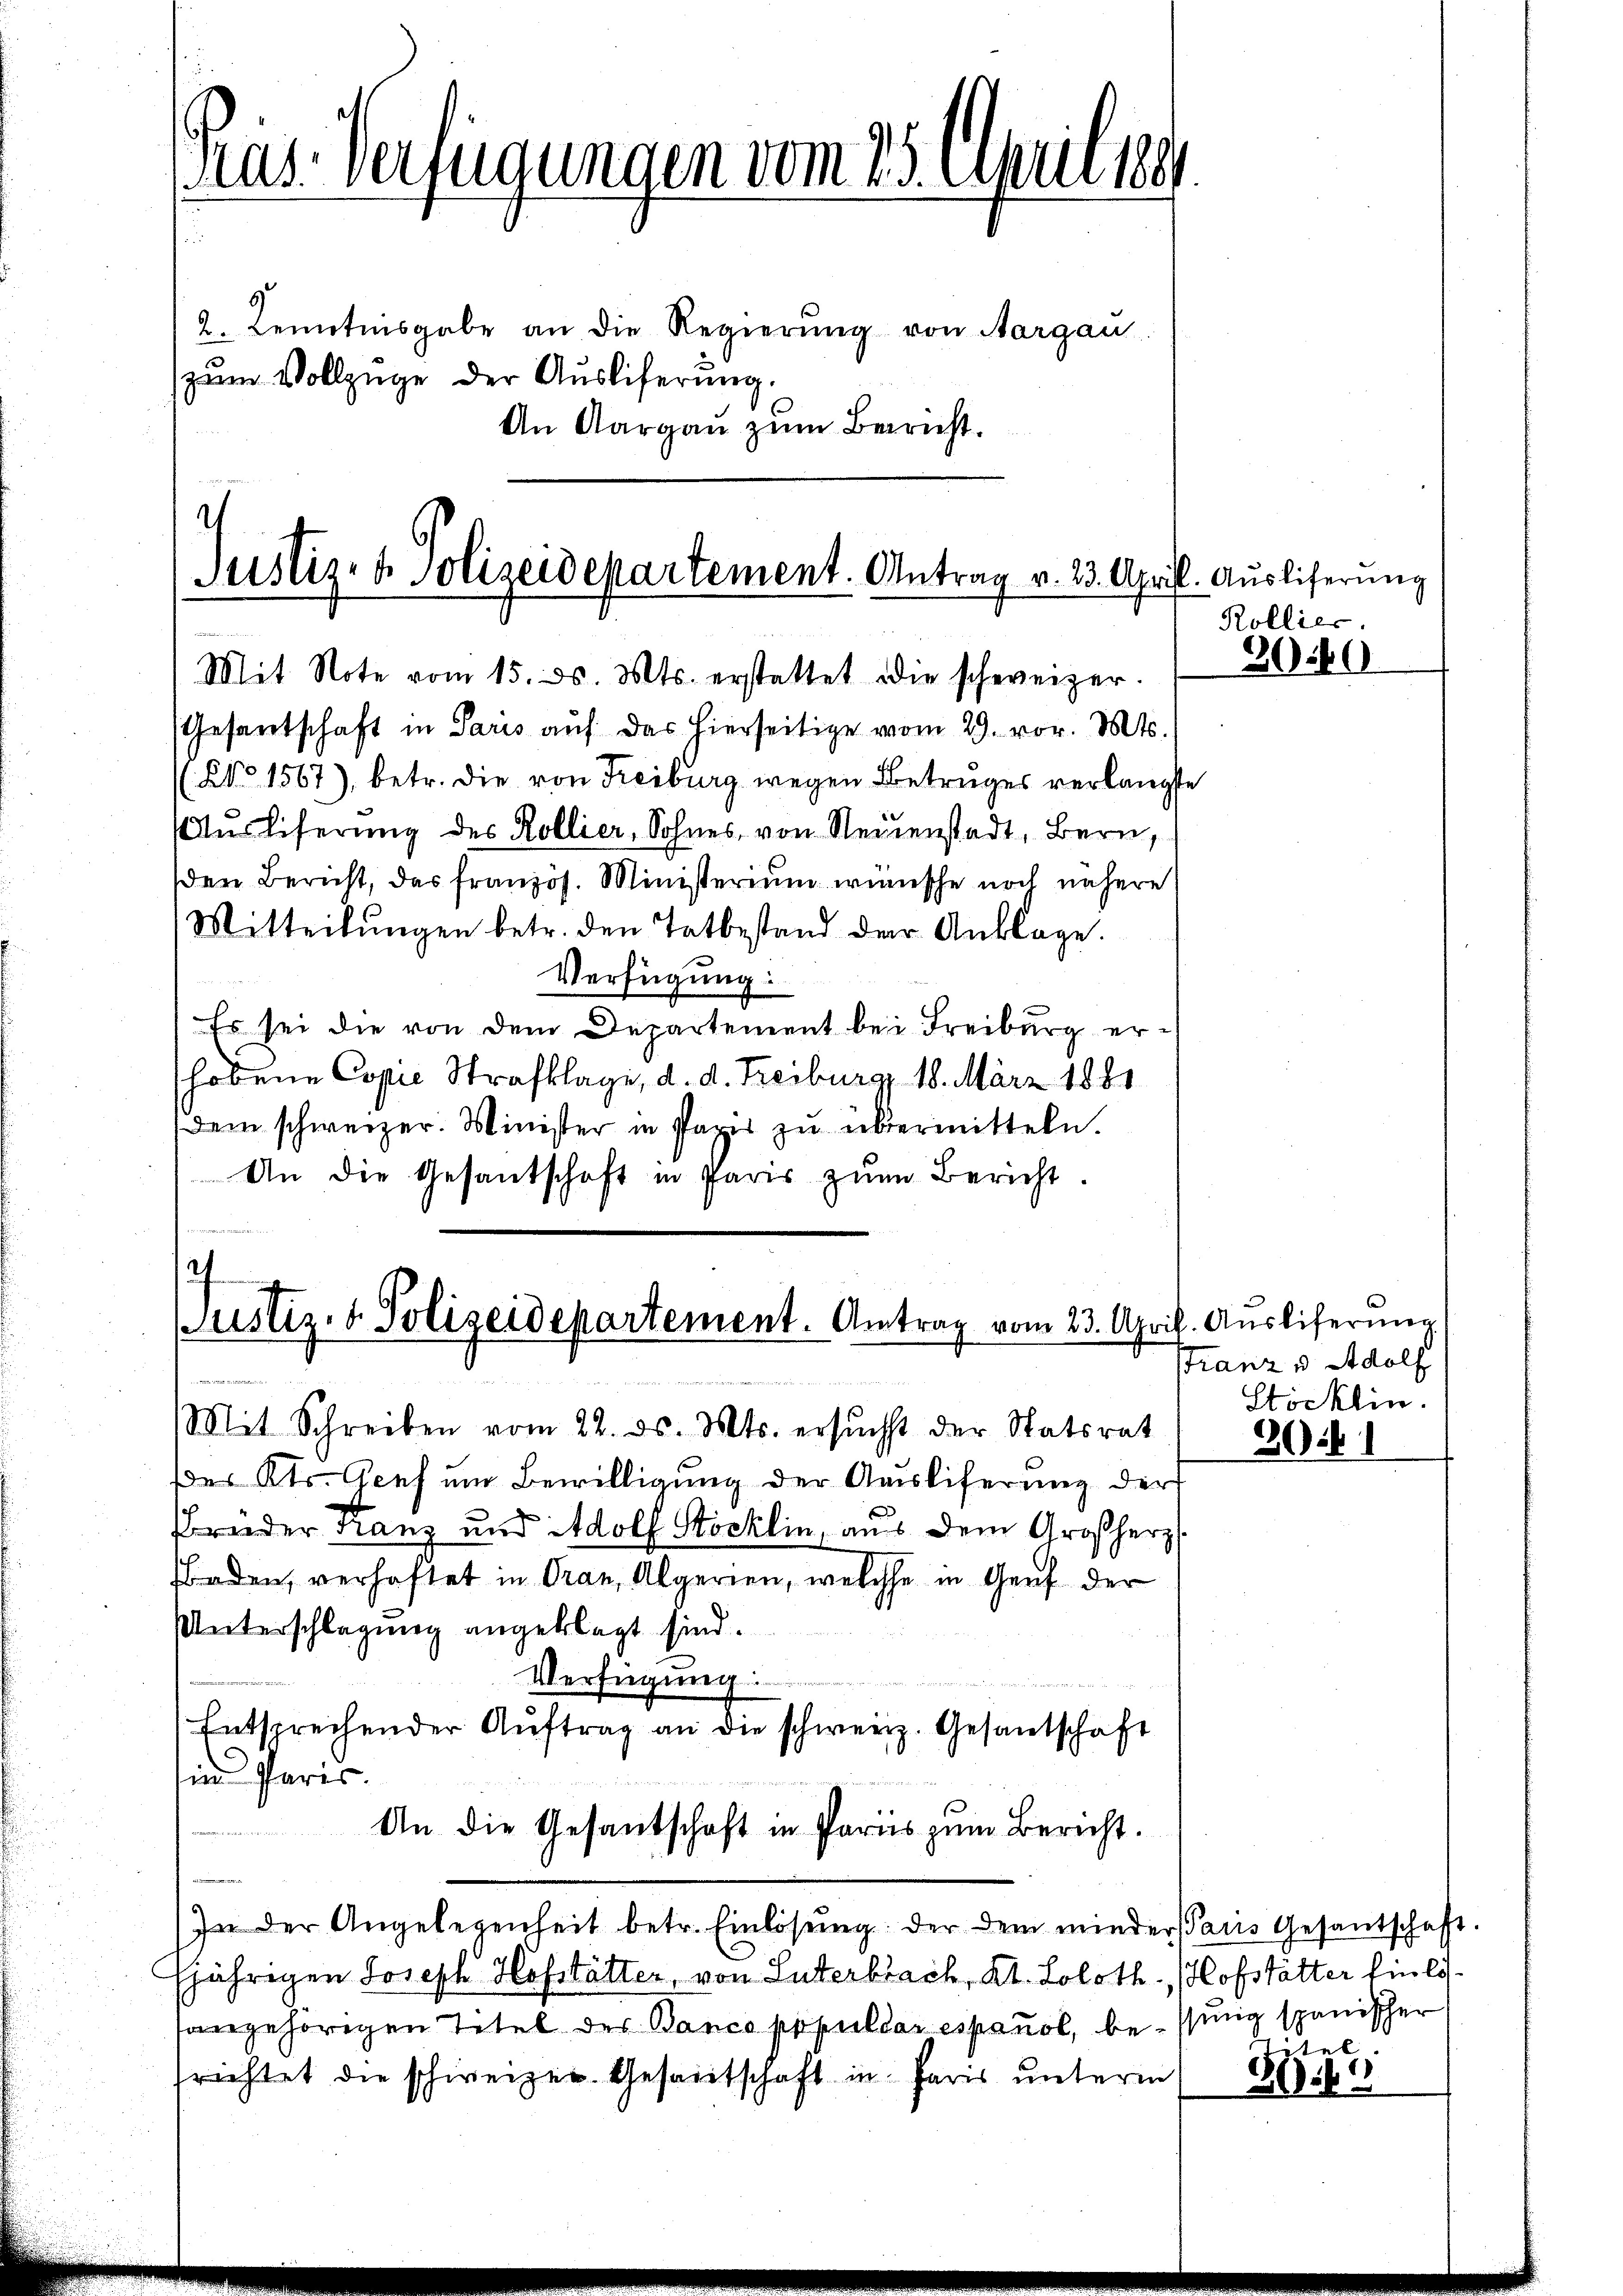
An Aargau zum Bericht.

as Verfügungen vom 25. pr. 1891

2. Kenntnisgabe an die Regierŭng von Aargau.
zum Vollzüge der Auslieferung.

Justiz- & Polizeidepartement. Antrag v. 23. April
Mit Note vom 15. ds. Mts. erstattet die schweizer.

s
Justiz- & Polizeidepartement. Antrag vom 23. Apr

Gesandtschaft in Paris auf das hierseitige vom 29. vor. Mts.
 No 1567), betr. die von Freiburg wegen Betruges verlangte
Auslieferung des Kollier, Sohnes von Neuenstadt, Bern,
den Bericht, das französ. Ministerium wünsche noch nähere
Mitteilŭngen betr. den Tatbestand der Anklage.
Verfügung:
Es sei die von dem Departement bei Freiburg erhobene Copie Strafklage, d. d. Freiburg, 18. März 1881
dem schweizer. Minister in Parer zu übermitteln.
An die Gesantschaft in Paris zŭm Bericht.

Mit Schreiben vom 22. ds. Mts. ersŭcht der Statsrat
Des Kts. Genf um Bewilligung der Ausliferung der
Bruder Kanz und Adolf Stocklin, aus dem Großherz
Baden, verhaftet in Gran, Algerien, welche in Genf der
Unterschlagung angeklagt sind.
Verfügung:
)Entsprechender Aŭftrag an die schweiz. Gesantschaft
in Paris.
An die Gesantschaft in Paris zum Bericht.
In der Angelegenheit betr. Einlösung der dem minder Paris Gesantschaft.
fjährigen Joseph Hofstätter, von Luterbrach, Kt. Soloth - Hofstätter hinlössangehörigen Titel des Banco populdar espanol, be- ssung spanischer
srichtet die schweizer. Gesandtschaft in Paris unterm

l. Auslieferung
Rollier.

300

ik. Auslieferung
Franz v Adolf
Stöcklin.

30

.

Zitel

209